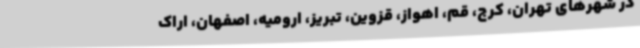
در شهرهای تهران، کرج، قم، اهواز، قزوین، تبریز، ارومیه، اصفهان، اراک